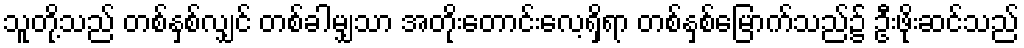
သူတို့သည် တစ်နှစ်လျှင် တစ်ခါမျှသာ အတိုးတောင်းလေ့ရှိရာ တစ်နှစ်မြောက်သည်၌ ဦးဖိုးဆင်သည်